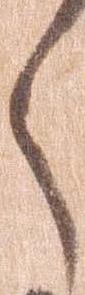
々